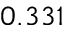
0 . 3 3 1